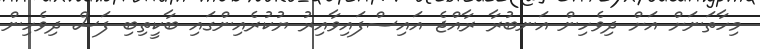
މިހާތަނަށް އަށް ދިވެހިން އަނބުރާ ރާއްޖެ އައިސްފައިވާއިރު ޔުކުރެއިންގައި ބާކީތިބި ފަސް ދިވެހިން